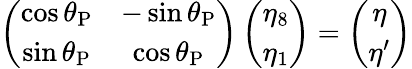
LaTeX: \left({\begin{array}{cc}{\cos\theta_{\mathrm{P}}}&{-\sin\theta_{\mathrm{P}}}\\ {\sin\theta_{\mathrm{P}}}&{\cos\theta_{\mathrm{P}}}\end{array}}\right)\left({\begin{array}{c}{\eta_{8}}\\ {\eta_{1}}\end{array}}\right)=\left({\begin{array}{c}{\eta}\\ {\eta^{\prime}}\end{array}}\right)